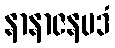
နာနာဇနပဒံ